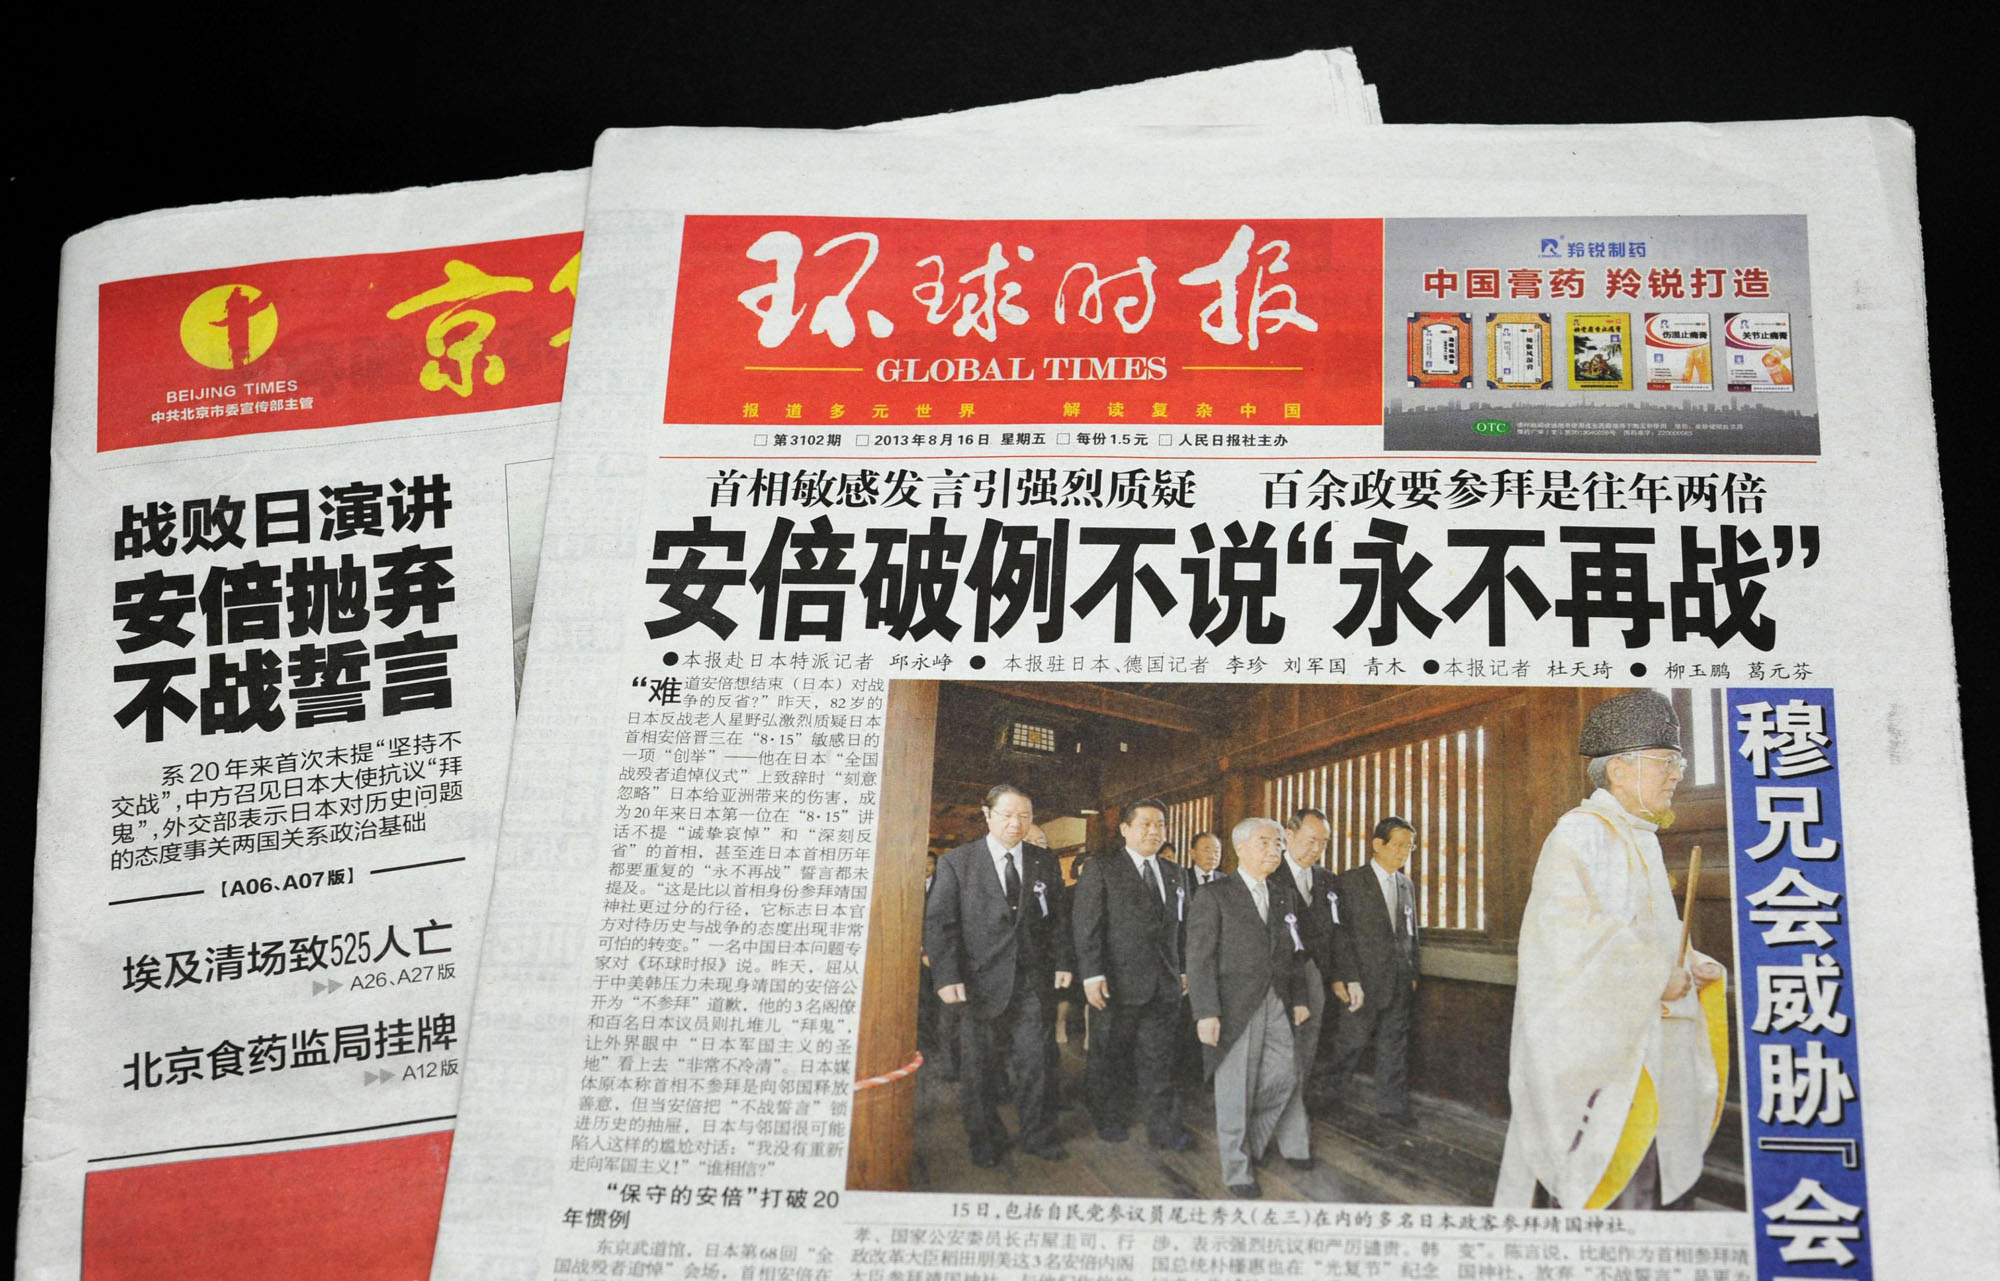
Language: zh